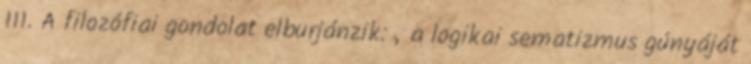
111. A filozófiai gondolat elburjánzik: „a logikai sematizmus gúnyáját